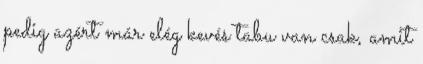
pedig azért már elég kevés tabu van csak, amit